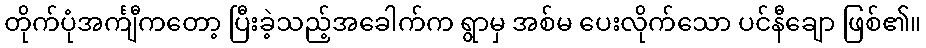
တိုက်ပုံအင်္ကျီကတော့ ပြီးခဲ့သည့်အခေါက်က ရွာမှ အစ်မ ပေးလိုက်သော ပင်နီချော ဖြစ်၏။